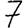
Digit: 7